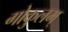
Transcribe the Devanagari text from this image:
गोकुलम्